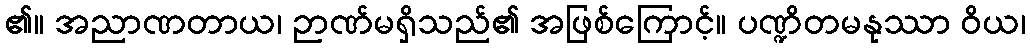
၏။ အညာဏတာယ၊ ဉာဏ်မရှိသည်၏ အဖြစ်ကြောင့်။ ပဏ္ဍိတမနုဿာ ဝိယ၊